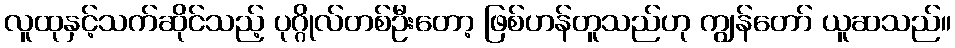
လူထုနှင့်သက်ဆိုင်သည့် ပုဂ္ဂိုလ်တစ်ဦးတော့ ဖြစ်ဟန်တူသည်ဟု ကျွန်တော် ယူဆသည်။